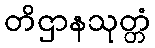
တိဌာနသုတ္တံ